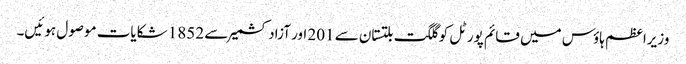
وزیراعظم ہاؤس میں قائم پورٹل کو گلگت بلتستان سے 201 اور آزاد کشمیر سے 1852 شکایات موصول ہوئیں۔